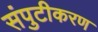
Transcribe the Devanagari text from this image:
संपुटीकरण